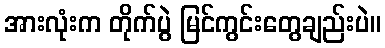
အားလုံးက တိုက်ပွဲ မြင်ကွင်းတွေချည်းပဲ။